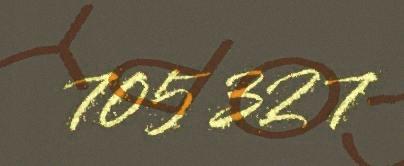
705 327